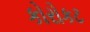
કોરોકટ